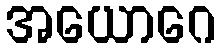
အယောဂေ